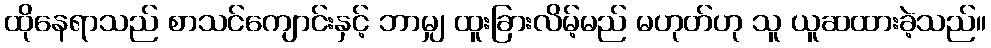
ထိုနေရာသည် စာသင်ကျောင်းနှင့် ဘာမျှ ထူးခြားလိမ့်မည် မဟုတ်ဟု သူ ယူဆထားခဲ့သည်။